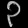
Digit: ၃